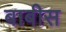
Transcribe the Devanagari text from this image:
बाबीस